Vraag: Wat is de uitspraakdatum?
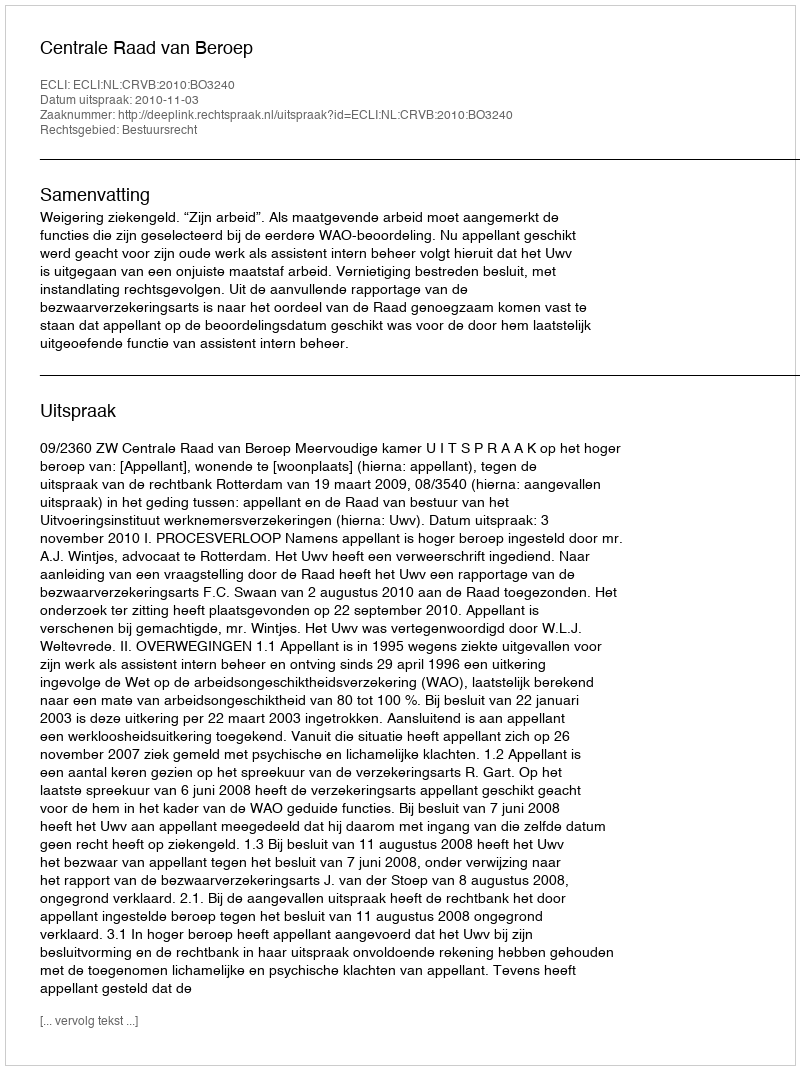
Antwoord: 2010-11-03